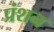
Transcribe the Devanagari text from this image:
प्रंशन